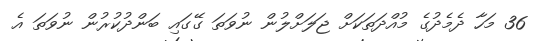
36 މަހާ ދެމެދުގެ މުއްދަތަކަށް ޖަލަށްލުން ނުވަތަ ގޭގައި ބަންދުކުރުން ނުވަތަ އެ